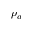
\rho _ { a }